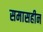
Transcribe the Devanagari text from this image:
समासहीन